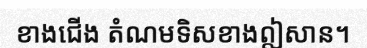
ខាងជើង តំណមទិសខាងឦសាន។